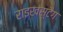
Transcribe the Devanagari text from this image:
राइखस्टैग